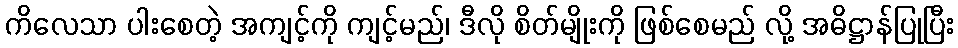
ကိလေသာ ပါးစေတဲ့ အကျင့်ကို ကျင့်မည်၊ ဒီလို စိတ်မျိုးကို ဖြစ်စေမည် လို့ အဓိဋ္ဌာန်ပြုပြီး